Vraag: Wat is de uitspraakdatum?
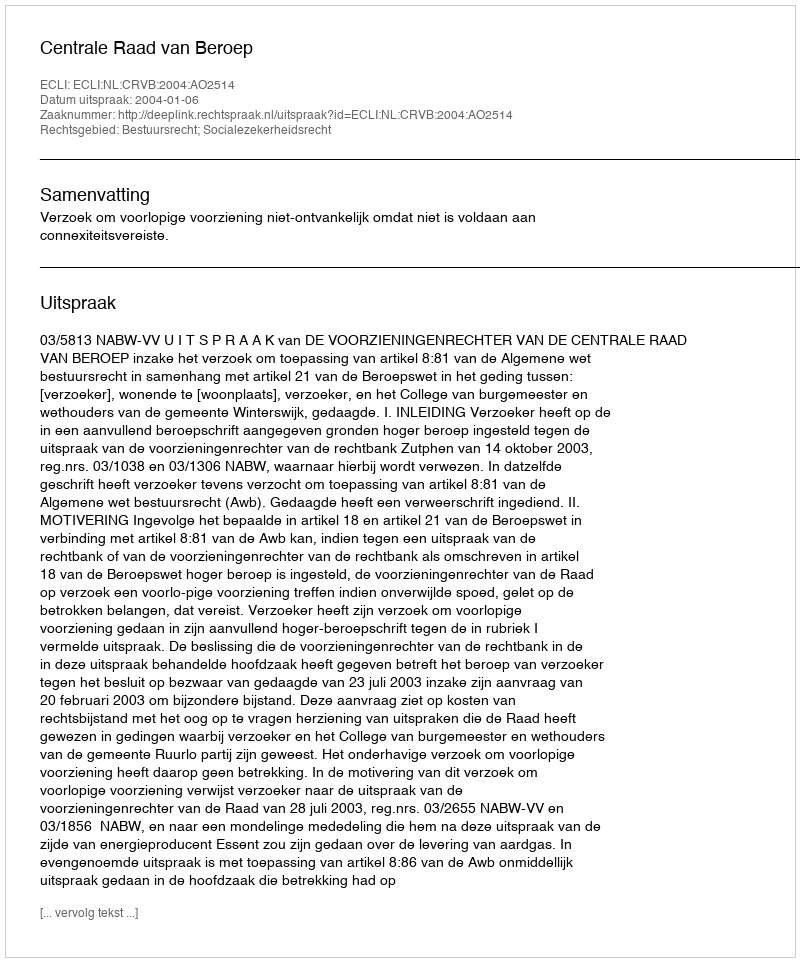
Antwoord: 2004-01-06